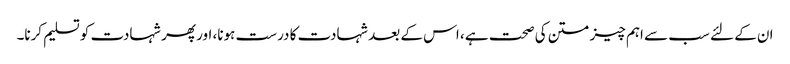
ان کے لئے سب سے اہم چیز متن کی صحت ہے ، اس کے بعد شہادت کا درست ہونا، اور پھر شہادت کو تسلیم کرنا۔